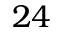
2 4